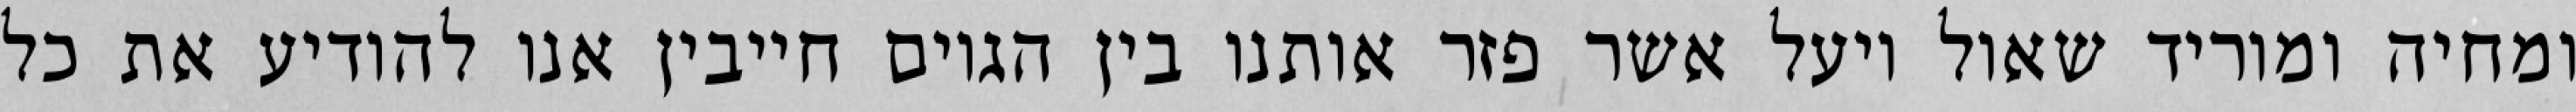
ומחיה ומוריד שאול ויעל אשר פזר אותנו בין הגוים חייבין אנו להודיע את כל